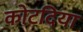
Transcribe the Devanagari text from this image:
कोटदिया